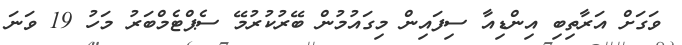
ވަގަށް އަރާތިބި އިންޑިއާ ސިފައިން މިގައުމުން ބޭރުކުރުމޭ ސެޕްޓެމްބަރު މަހު 19 ވަނަ